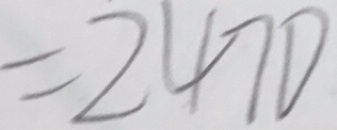
= 2 4 7 0